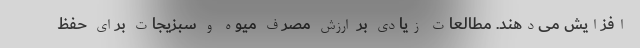
افزایش می‌دهند. مطالعات زیادی بر ارزش مصرف میوه و سبزیجات برای حفظ